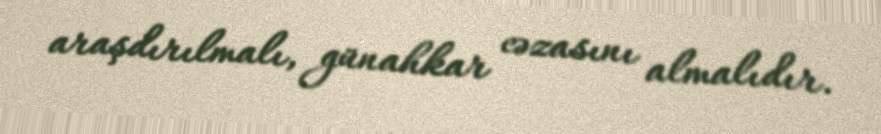
araşdırılmalı, günahkar cəzasını almalıdır.